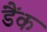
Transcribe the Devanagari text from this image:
डैंक